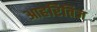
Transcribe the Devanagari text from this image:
आहरितिज